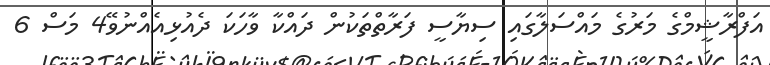
އަފްރާޝީމްގެ މަރުގެ މައްސަލާގައި ސިޔާސީ ފަރާތްތަކުން ދައްކާ ވާހަކަ ދެއުޅިއެއްނުވޭ4 މަސް 6